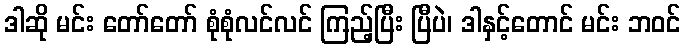
ဒါဆို မင်း တော်တော် စုံစုံလင်လင် ကြည့်ပြီး ပြီပဲ၊ ဒါနှင့်တောင် မင်း ဘဝင်